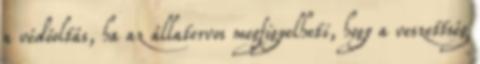
a védőoltás, ha az állatorvos megfigyelheti, hogy a veszettség